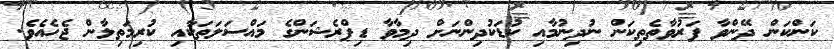
ކަންކަން ދޭންވާ ފަރުވާތެތިކަން ނުދިނުމާއި ކުޑަކުދިންނަށް ދިމާވާ ޑިޕްރެޝަންގެ މައްސަލަތަކާއި ކުރިމަތިލާން ޖެހެއެވެ.